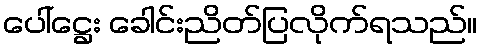
ပေါ်ဋ္ဌေး ခေါင်းညိတ်ပြလိုက်ရသည်။